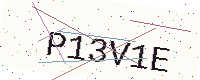
Text: P13V1E